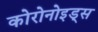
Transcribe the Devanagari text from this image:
कोरोनोइड्स